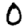
Digit: 0